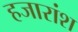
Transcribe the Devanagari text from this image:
हजारांश